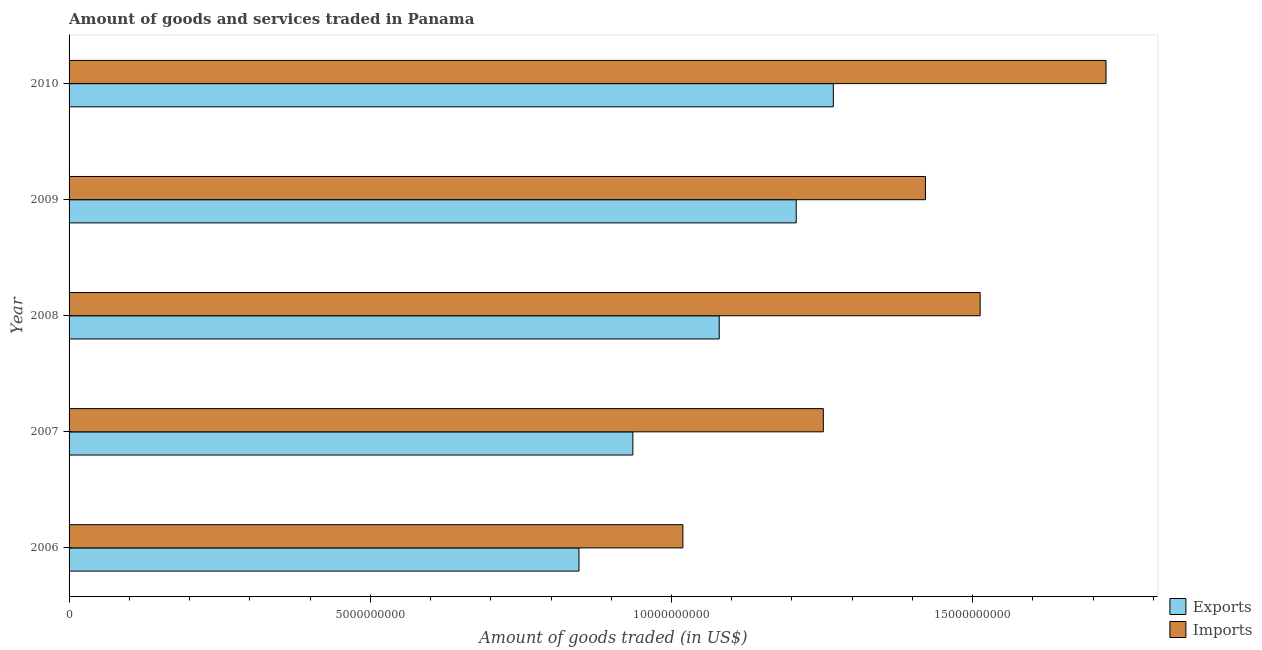
| Year | Exports | Imports |
 | --- | --- | --- |
 | 2006 | 8.46e+09 | 1.02e+10 |
 | 2007 | 9.36e+09 | 1.25e+10 |
 | 2008 | 1.08e+10 | 1.51e+10 |
 | 2009 | 1.21e+10 | 1.42e+10 |
 | 2010 | 1.27e+10 | 1.72e+10 |